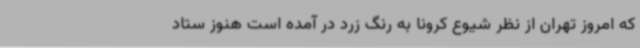
که امروز تهران از نظر شیوع کرونا به رنگ زرد در آمده است هنوز ستاد